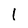
Character: l